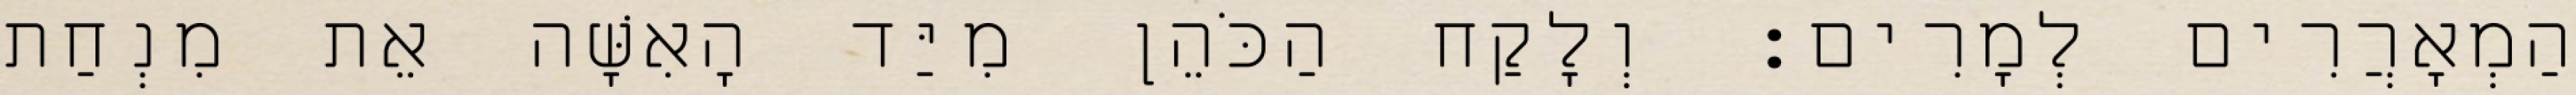
הַמְאָרֲרִים לְמָרִים׃ וְלָקַח הַכֹּהֵן מִיַּד הָאִשָּׁה אֵת מִנְחַת